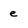
Character: e